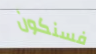
فسنكون